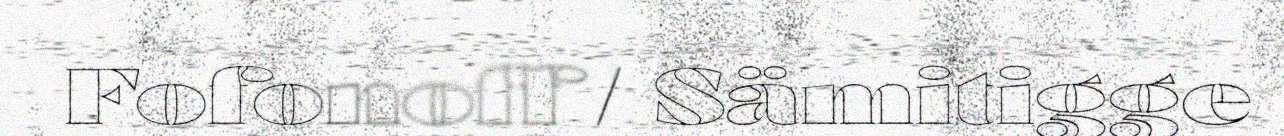
Fofonoff / Sämitigge